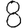
Digit: 8